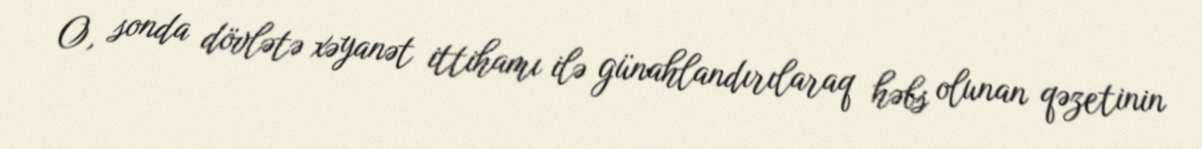
O, sonda dövlətə xəyanət ittihamı ilə günahlandırılaraq həbs olunan qəzetinin